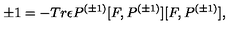
\pm 1 = - T r { \epsilon } P ^ { ( \pm 1 ) } [ F , P ^ { ( \pm 1 ) } ] [ F , P ^ { ( \pm 1 ) } ] ,